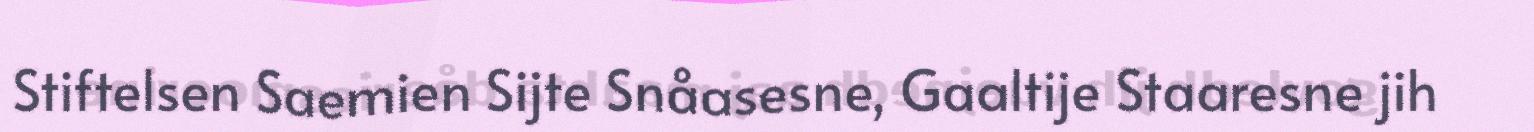
Stiftelsen Saemien Sijte Snåasesne, Gaaltije Staaresne jih